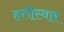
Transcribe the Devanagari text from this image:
हत्तीस्वार